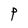
Character: P